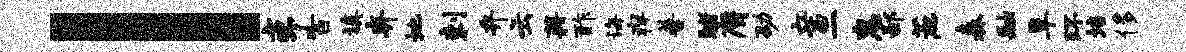
l亨百填弃地剌弁云藉酢诲痒普睹膺劭亲二惠鄙蔗森融阜环培侈